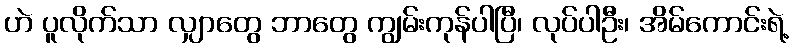
ဟဲ ပူလိုက်သာ လျှာတွေ ဘာတွေ ကျွမ်းကုန်ပါပြီ၊ လုပ်ပါဦး၊ အိမ်ကောင်းရဲ့